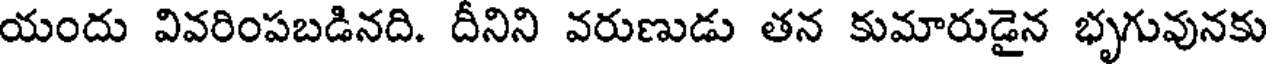
యందు వివరింపబడినది. దీనిని వరుణుడు తన కుమారుడైన భృగువునకు